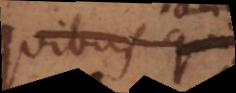
quibus Deus